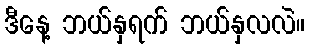
ဒီနေ့ ဘယ်နှရက် ဘယ်နှလလဲ။